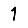
Digit: 1